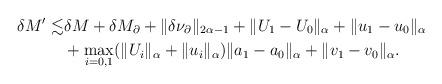
LaTeX: \begin{align*}\delta M^{\prime} \lesssim & \delta M + \delta M_{\partial} + \|\delta \nu_{\partial}\|_{2\alpha -1} + \| U_1 - U_0\|_{\alpha} + \| u_1 - u_0\|_{\alpha}\\ & + \max_{i = 0,1} (\| U_i \|_{\alpha} + \| u_i \|_{\alpha} ) \|a_1 - a_0 \|_{\alpha} + \|v_1 - v_0\|_{\alpha}. \end{align*}